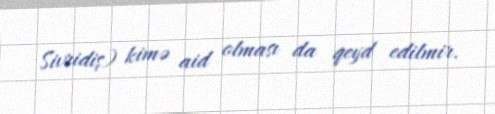
Sivridiş) kimə aid olması da qeyd edilmir.